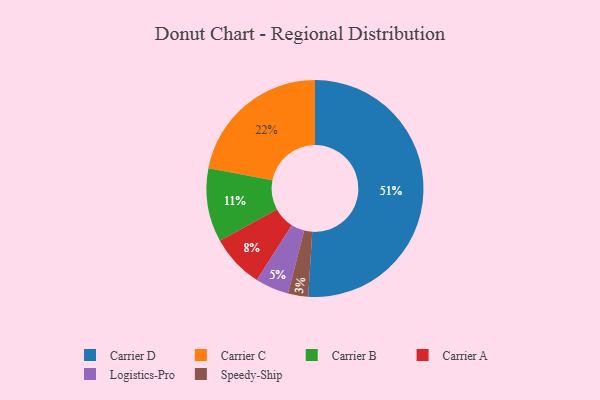
{"axis": {"x": "Category", "y": "Percentage"}, "legend": ["Carrier A", "Carrier B", "Carrier C", "Carrier D", "Logistics-Pro", "Speedy-Ship"], "data": [{"x": "Carrier D", "y": 51, "type": "Carrier D"}, {"x": "Logistics-Pro", "y": 5, "type": "Logistics-Pro"}, {"x": "Carrier A", "y": 8, "type": "Carrier A"}, {"x": "Carrier C", "y": 22, "type": "Carrier C"}, {"x": "Carrier B", "y": 11, "type": "Carrier B"}, {"x": "Speedy-Ship", "y": 3, "type": "Speedy-Ship"}]}